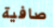
صافية